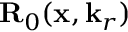
{ \mathbf { R } } _ { 0 } ( \mathbf { x } , \mathbf { k } _ { r } )